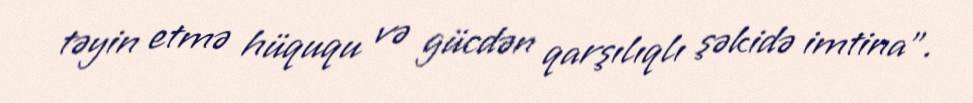
təyin etmə hüququ və gücdən qarşılıqlı şəkidə imtina”.